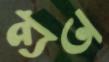
প্রত